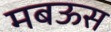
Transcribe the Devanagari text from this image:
मबऊस